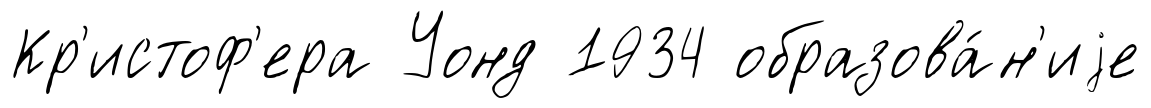
Кр'истоф'ера Уонд 1934 образова́н'иjе